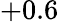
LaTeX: +0.6